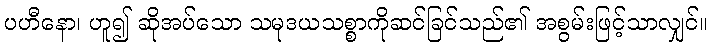
ပဟီနော၊ ဟူ၍ ဆိုအပ်သော သမုဒယသစ္စာကိုဆင်ခြင်သည်၏ အစွမ်းဖြင့်သာလျှင်။